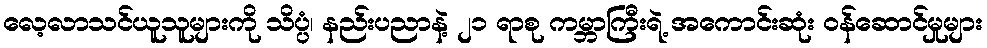
လေ့လာသင်ယူသူများကို သိပ္ပံ၊ နည်းပညာနဲ့ ၂၁ ရာစု ကမ္ဘာကြီးရဲ့ အကောင်းဆုံး ဝန်ဆောင်မှုများ